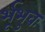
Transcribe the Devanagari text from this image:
र्भूभुवः